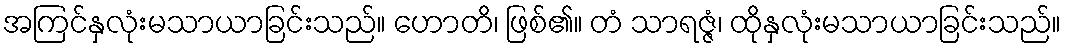
အကြင်နှလုံးမသာယာခြင်းသည်။ ဟောတိ၊ ဖြစ်၏။ တံ သာရဇ္ဇံ၊ ထိုနှလုံးမသာယာခြင်းသည်။